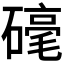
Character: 𮁀